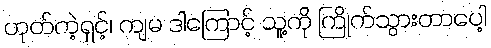
ဟုတ်ကဲ့ရှင့်၊ ကျမ ဒါကြောင့် သူ့ကို ကြိုက်သွားတာပေါ့